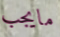
مايجب